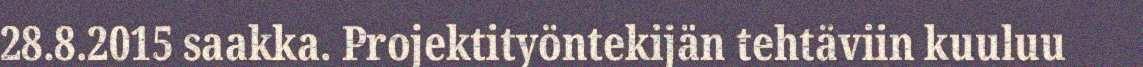
28.8.2015 saakka. Projektityöntekijän tehtäviin kuuluu